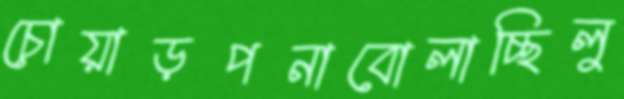
চোয়াড়পনাবোলাচ্ছিলু